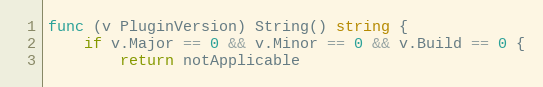
Language: Go
func (v PluginVersion) String() string {
	if v.Major == 0 && v.Minor == 0 && v.Build == 0 {
		return notApplicable